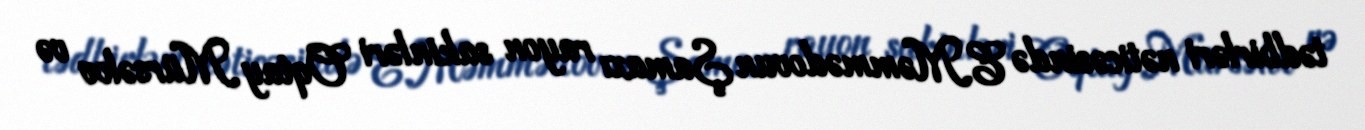
tədbirləri nəticəsində E.Məmmədovun Şamaxı rayon sakinləri Oqtay Mürsəlov və